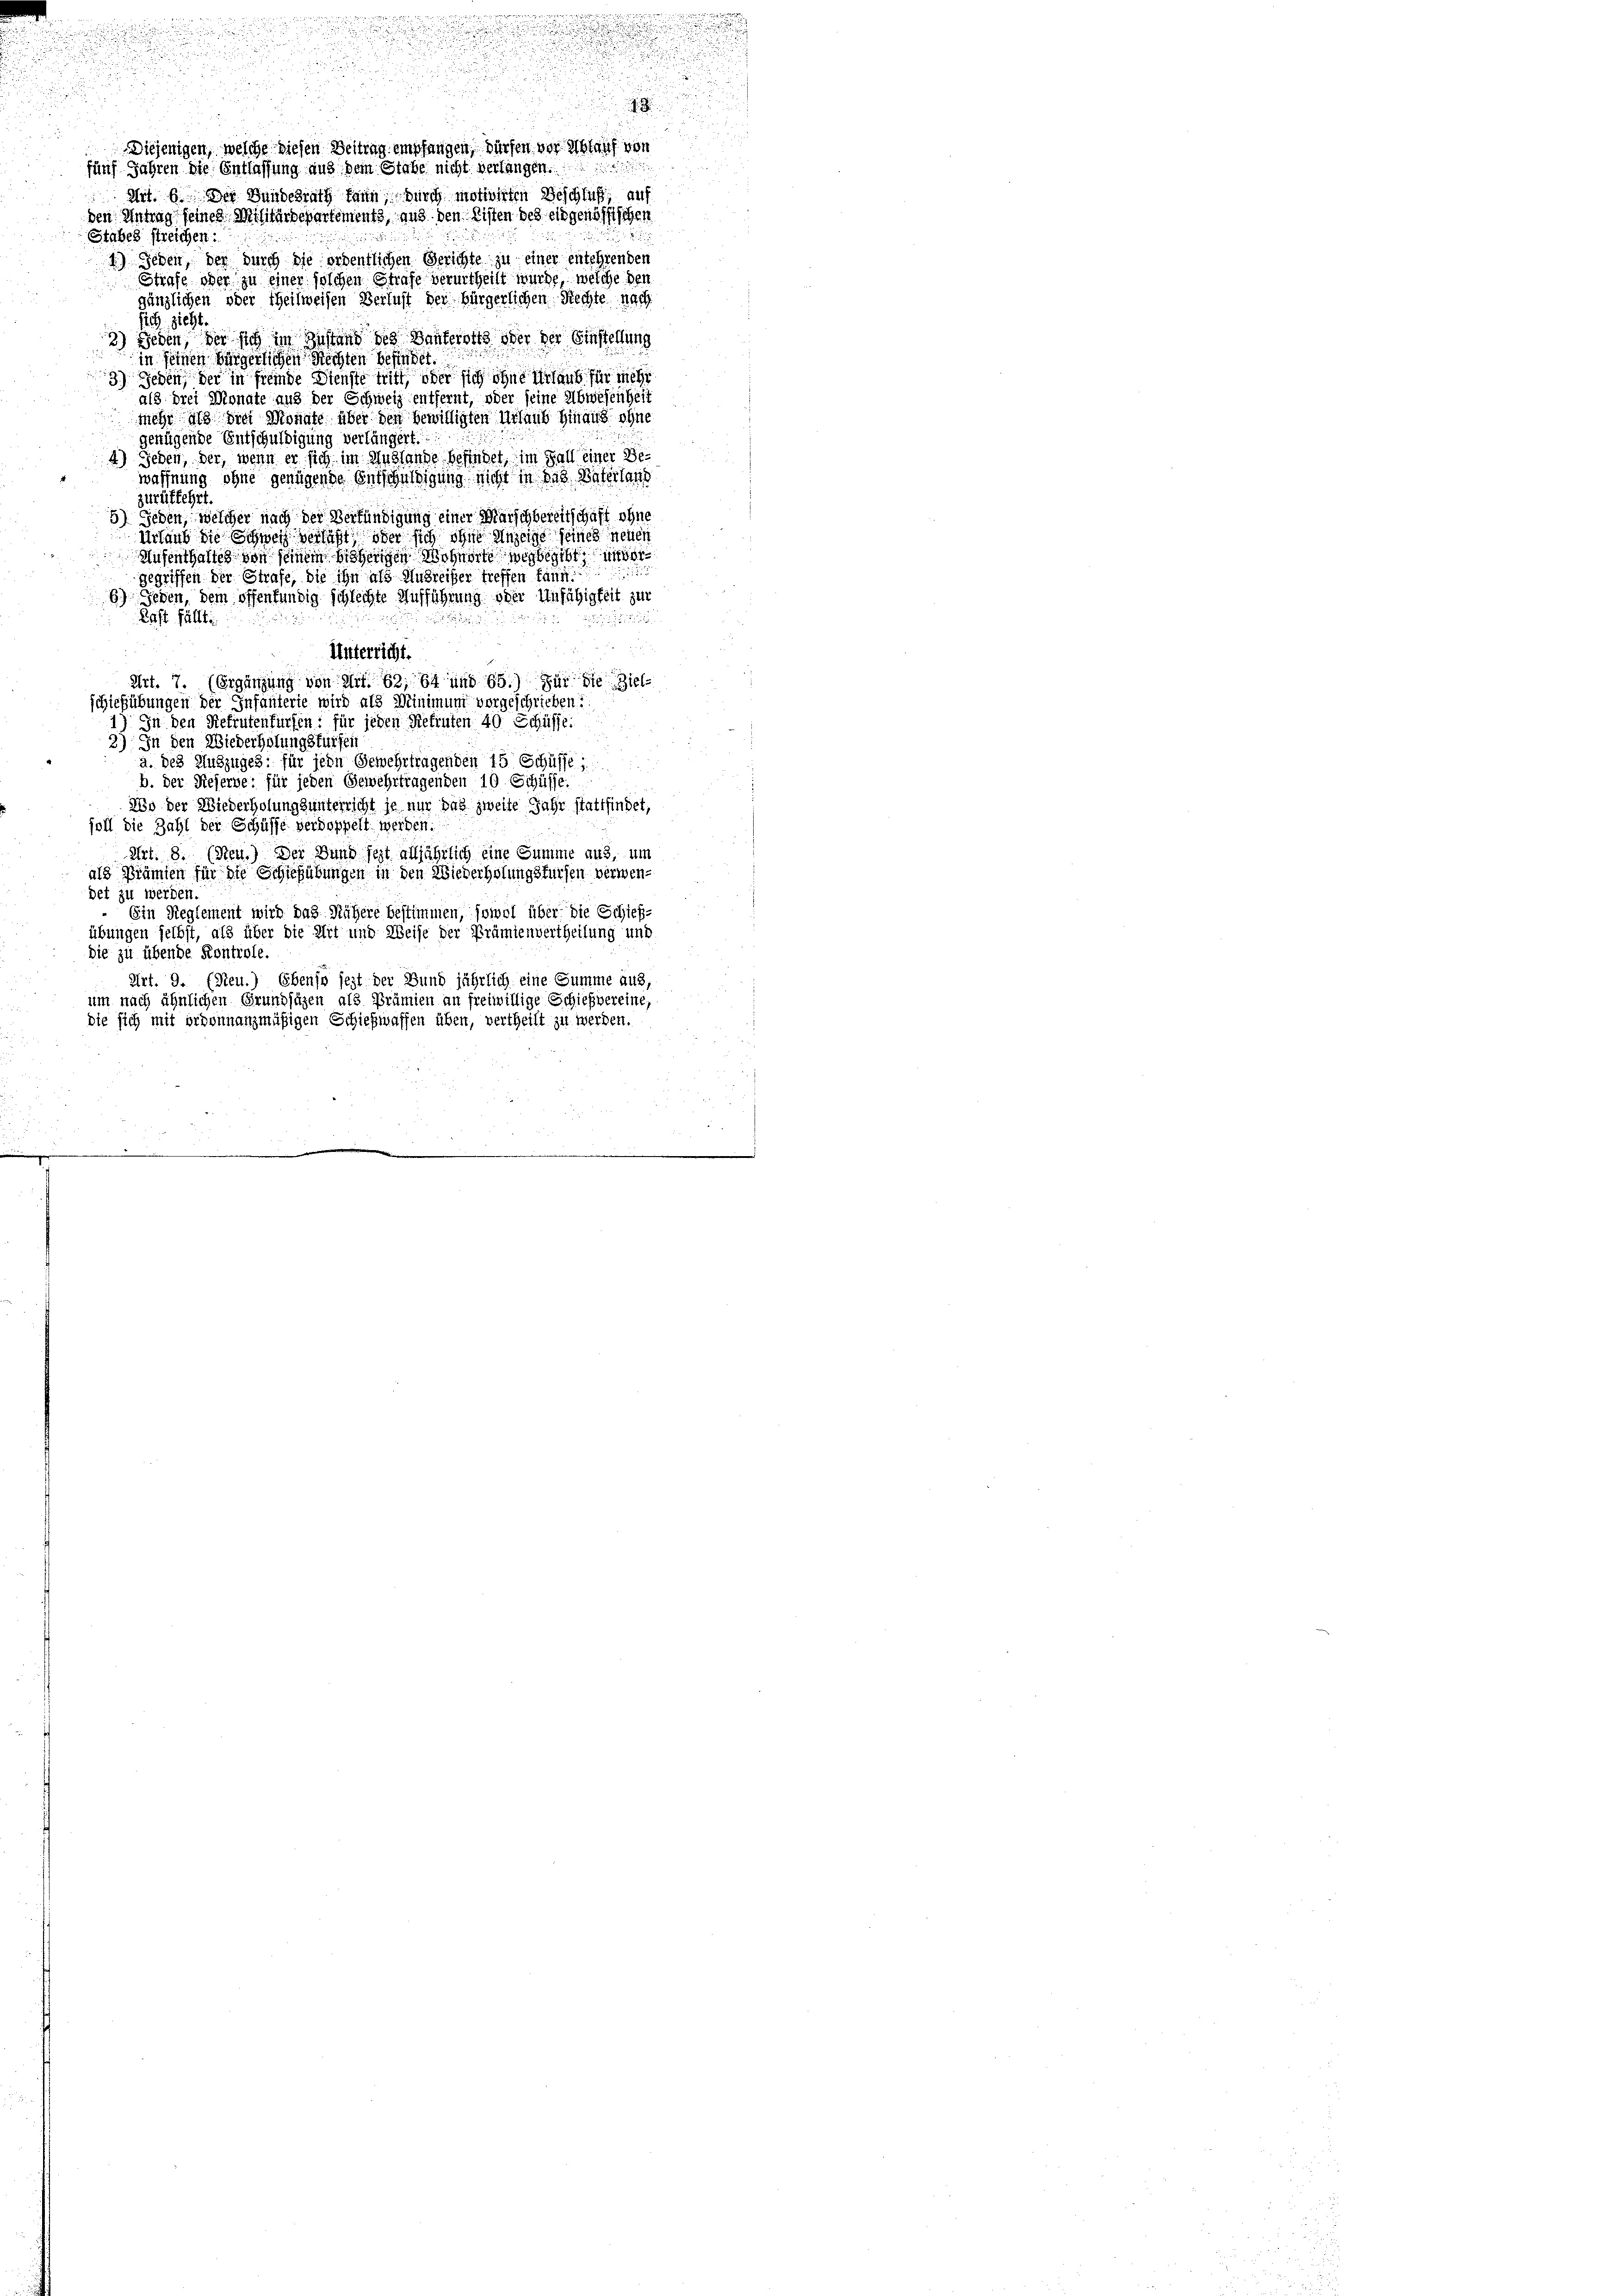
5

Diejenigen, welche diesen Beitrag empfangen, dürfen vor Ablauf von
fünf Jahren die Entlassung aus dem Stabe nicht verlangen.
Art. 6. Der Bundesrath kann, durch motivirten Beschluß, auf
den Antrag seines Militärdepartements, aus den Listen des eidgenössischen
Stahel streichen:
1.) Jeden, der durch die ordentlichen Gerichte zu einer entehrenden
Strafe oder zu einer solchen Strafe verurtheilt würde, welche ben
gänzlichen oder Theilweisen Verlust der bürgerlichen Rechte nach
ich zieht.
2) Beden, der sich im Zustand des Danterotte oder der Einstellung
in seinen bürgerlichen Rechten befindet.
3) Jeden, der in fremde Dienste tritt, oder sich ohne Urlaub für mehr
als drei Monate aus der Schweiz entfernt, oder seine Abwesenheit
mehr als die Monate über den bewilligten Urlaub hinaus ohne
genügende Entschuldigung verlängert.
4) Jeden, der, wenn er sich im Auslande befindet, im Fall einer Bewaffnung ohne genügende Entschuldigung nicht in das Vaterlass
zurüffehrt
5) Jeden, welcher nach der Verfündigung einer Marschbereitschaft ohne
Urlaub die Schweiz verläßt oder sich ohne Anzeige seines neuer
Hufenthaltes von seinem höherigen Wohnorte wegbegibt unbe
u
gegriffen der Strafe, die ihn als Ausreißer treffen häufi
6) Jeden, dem offenfundig schlechte Aufführung oder Unfähigkeit zur
Rast füllte.

s
Unterricht.
Art. 7. (Ergänzung von Art. 62, 64 und 60.) Für die Ziel-
schießübungen der Infanterie wird als Minimum vorgeschrieben?
In den Refrufenfürfen; für jeden Relinten 40 Schüsse.
2) In den Wiederholungsfürfen
a. des Auszuges; für jede Gewehrtragenden 15 Schüsse
b. der Reserve: für jeden Gewehrtragenden 10 Schüsse.
Wo der Wiederholung sunterricht je nur das zweite Jahr stattfindet,
soll die Zahl der Schüsse verdoppelt werden.
Art. 8. (Sten.) Der Bund jezt alljährlich eine Summe aus, um
als Prämien für die Schießübungen in den Wiederholungsfürsen verwendet zu werden.
Ein Reglement wird das Nähere bestimmen, sowol über die Schieß-
übungen selbst, als über die Art und Weise der Prämienvertheilung und
die zu übende Kontrole.
Art. 9. (Neu.) Ebenso jezt der Bund jährlich eine Summe aus
um nach ähnlichen Grundsätzen als Prämien an freiwillige Schießvereine,
die sich mit ordonnanzmäßigen Schiefwaffen üben, vertheilt zu werden.

n
n

a
e